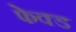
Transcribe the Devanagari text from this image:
फेक्ड